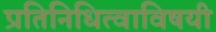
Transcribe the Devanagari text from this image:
प्रतिनिधित्वाविषयी